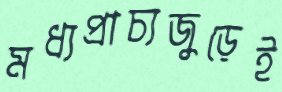
মধ্যপ্রাচ্যজুড়েই